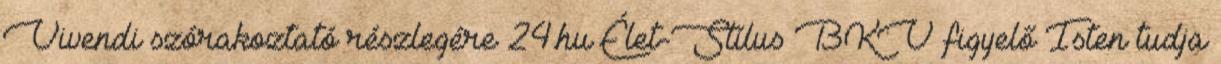
Vivendi szórakoztató részlegére 24.hu Élet-Stílus BKV figyelő Isten tudja